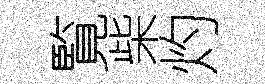
覧柴灼